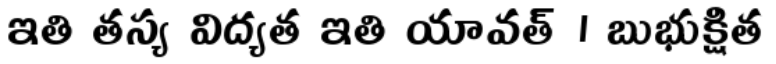
ఇతి తస్య విద్యత ఇతి యావత్ । బుభుక్షిత